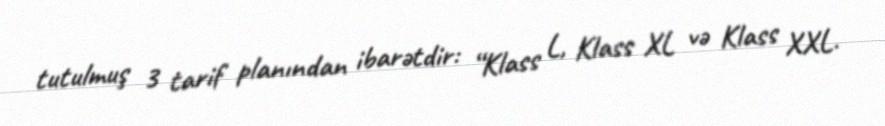
tutulmuş 3 tarif planından ibarətdir: “Klass L, Klass XL və Klass XXL.